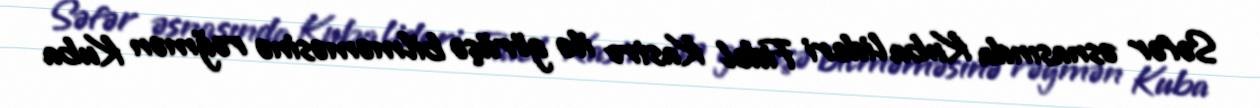
Səfər əsnasında Kuba lideri Fidel Kastro ilə görüşə bilməməsinə rəğmən Kuba